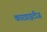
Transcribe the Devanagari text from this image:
कारडाइटीज